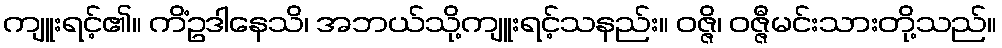
ကျူးရင့်၏။ ကိံဥဒါနေသိ၊ အဘယ်သို့ကျူးရင့်သနည်း။ ဝဇ္ဇိ၊ ဝဇ္ဇီမင်းသားတို့သည်။